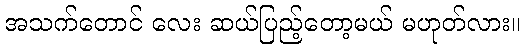
အသက်တောင် လေး ဆယ်ပြည့်တော့မယ် မဟုတ်လား။